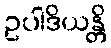
ဥပါဒိယန္တိ